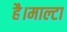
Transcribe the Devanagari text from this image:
है।माल्टा